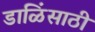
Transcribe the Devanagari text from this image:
डाळिंसाठी